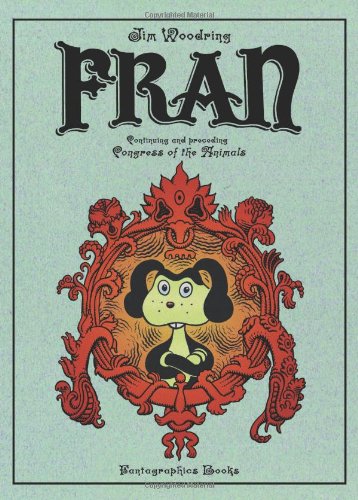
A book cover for Fran; Jim Woodring; Comics & Graphic Novels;